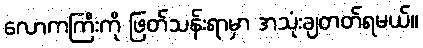
လောကကြီးကို ဖြတ်သန်းရာမှာ အသုံးချတတ်ရမယ်။